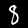
Digit: 8